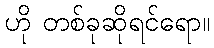
ဟို တစ်ခုဆိုရင်ရော။